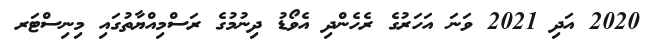
2020 އަދި 2021 ވަނަ އަހަރުގެ ރެހެންދި އެވޯޑު ދިނުމުގެ ރަސްމިއްޔާތުގައި މިނިސްޓަރ